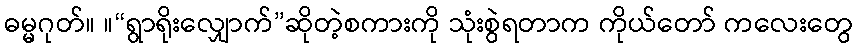
ဓမ္မဂုတ်။ ။“ရွာရိုးလျှောက်”ဆိုတဲ့စကားကို သုံးစွဲရတာက ကိုယ်တော် ကလေးတွေ